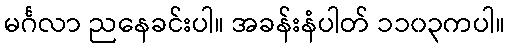
မင်္ဂလာ ညနေခင်းပါ။ အခန်းနံပါတ် ၁၁၀၃ကပါ။